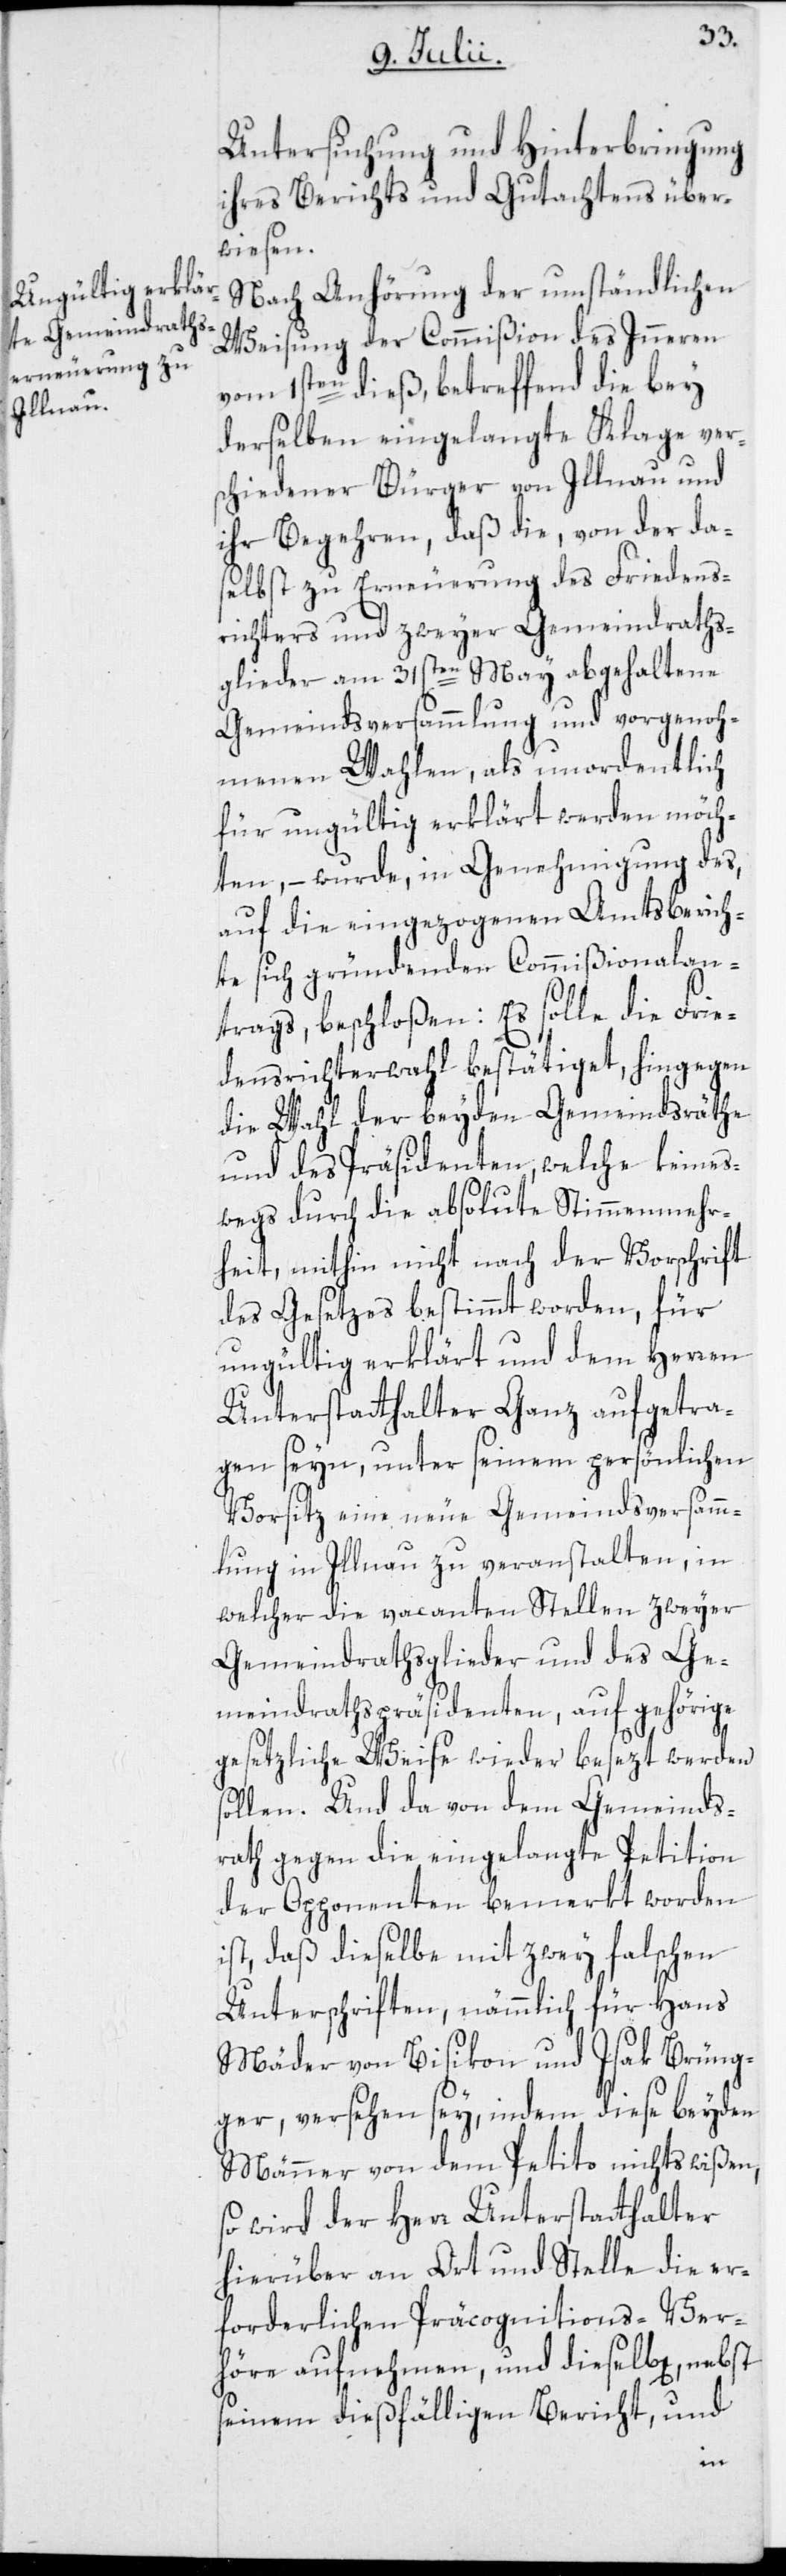
Untersuchung und Hinterbringung
ihres Berichts und Gutachtens über¬
wiesen.
Nach Anhörung der umständlichen
Weisung der Commißion des Inneren
vom 1sten dieß, betreffend die bey
derselben eingelangte Klage ver¬
schiedener Bürger von Illnau und
ihr Begehren, daß die, von der da¬
selbst zu Erneuerung des Friedens¬
richters und zweyer Gemeindraths¬
glieder am 31sten May abgehaltene
Gemeindsversammlung und vorgenoh¬
menen Wahlen, als unordentlich
für ungültig erklärt werden möch¬
ten, – wurde, in Genehmigung des,
auf die eingezogenen Amtsberich¬
te sich gründenden Commißionalan¬
trags, beschloßen: Es solle die Frie¬
densrichterwahl bestätiget, hingegen
die Wahl der beyden Gemeindsräthe
und des Präsidenten, welche keines¬
wegs durch die absolute Stimmenmehr¬
heit, mithin nicht nach der Vorschrift
des Gesetzes bestimmt worden, für
ungültig erklärt und dem Herren
Unterstatthalter Ganz aufgetra¬
gen seyn, unter seinem persönlichen
Vorsitz eine neue Gemeindsversamm¬
lung in Illnau zu veranstalten, in
welcher die vacanten Stellen zweyer
Gemeindrathsglieder und des Ge¬
meindrathspräsidenten, auf gehörige
gesetzliche Weise wieder besezt werden
sollen. Und da von dem Gemeinds¬
rath gegen die eingelangte Petition
der Opponenten bemerkt worden
ist, daß dieselbe mit zwey falschen
Unterschriften, nämmlich für Hans
Mäder von Bisikon und Isak Brüng¬
ger, versehen sey, indem diese beyden
Männer von dem Petito nichts wißen,
so wird der Herr Unterstatthalter
hierüber an Ort und Stelle die er¬
forderlichen Präcognitions-Ver¬
höre aufnehmen, und dieselb[en], nebst
seinem dießfälligen Bericht, und